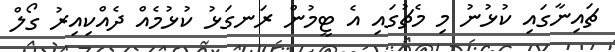
ޗައިނާގައި ކުޅުނު މި މެޗުގައި އެ ޓީމުން ރަނގަޅު ކުޅުމެއް ދެއްކިއިރު ގޯލް